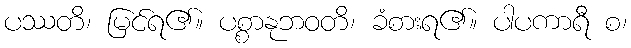
ပဿတိ၊ မြင်ရ၏။ ပစ္စာနုဘဝတိ၊ ခံစားရ၏။ ပါပကာရီ စ၊